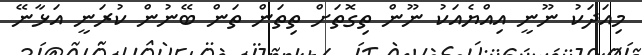
މިއަދަކު ނޫނީ އިއްޔެއަކު ނޫން ތިގޮތަށް ތިތަން ތަން ބޭނުން ކުރަނީ އަޅާނޭ